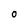
Character: o